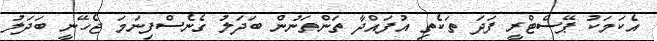
އެކަމަކު ޕޭސްޓްރީ ފަދަ ތަކެތި އުފައްދާ ތަންތަނުން ބަދަލު ގެނެސްފިނަމަ ޖެހޭނީ ބަދަލު